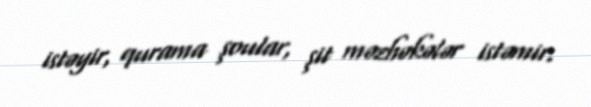
istəyir, qurama şoular, şit məzhəkələr istəmir.